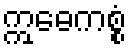
ဣဓေကစ္စံ